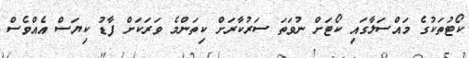
ކޯޓުތަކުގެ މައްސަލާގައި ކޯޓަށް ނުވަތަ ސަރުކާރަށް ކިތަންމެ ވަރަކަށް ފާޑު ކިޔަސް އެއްވެސް